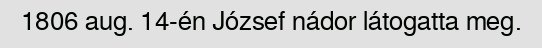
1806 aug. 14-én József nádor látogatta meg.